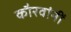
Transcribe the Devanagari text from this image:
कौरवांनीं